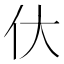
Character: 㐲